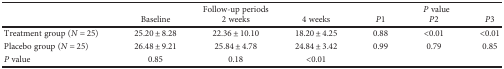
<table><thead><tr><td rowspan="2"></td><td colspan="3"><b>Follow-up periods</b></td><td colspan="3"><b><i>P</i> value</b></td></tr><tr><td><b>Baseline</b></td><td><b>2 weeks</b></td><td><b>4 weeks</b></td><td><b><i>P</i>1</b></td><td><b><i>P</i>2</b></td><td><b><i>P</i>3</b></td></tr></thead><tbody><tr><td>Treatment group (<i>N</i> = 25)</td><td>25.20 ± 8.28</td><td>22.36 ± 10.10</td><td>18.20 ± 4.25</td><td>0.88</td><td>&lt;0.01</td><td>&lt;0.01</td></tr><tr><td>Placebo group (<i>N</i> = 25)</td><td>26.48 ± 9.21</td><td>25.84 ± 4.78</td><td>24.84 ± 3.42</td><td>0.99</td><td>0.79</td><td>0.85</td></tr><tr><td><i>P</i> value</td><td>0.85</td><td>0.18</td><td>&lt;0.01</td><td></td><td></td><td></td></tr></tbody></table>